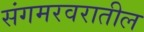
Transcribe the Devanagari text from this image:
संगमरवरातील